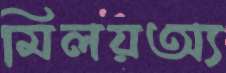
মিলয়অ্য